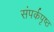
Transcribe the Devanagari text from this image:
संपर्कपृष्ठ